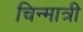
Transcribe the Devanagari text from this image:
चिन्मात्री